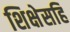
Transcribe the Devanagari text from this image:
शिक्षेसहि